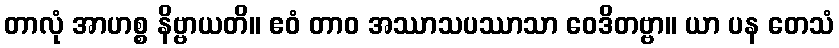
တာလုံ အာဟစ္စ နိဗ္ဗာယတိ။ ဧဝံ တာဝ အဿာသပဿာသာ ဝေဒိတဗ္ဗာ။ ယာ ပန တေသံ